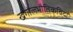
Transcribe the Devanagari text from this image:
खगोलभौतिकविदों